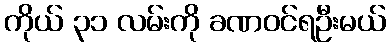
ကိုယ် ၃၁ လမ်းကို ခဏဝင်ရဦးမယ်